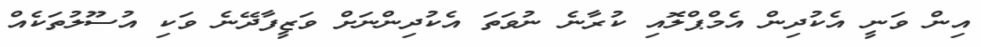
އިން ވަނީ އެކުދިން އެމްޕްލޮއި ކުރާނެ ނުވަތަ އެކުދިންނަށް ވަޒީފާދޭނެ ވަކި އުސޫލުތަކެއް